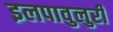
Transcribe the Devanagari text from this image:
इलपावुलुरी